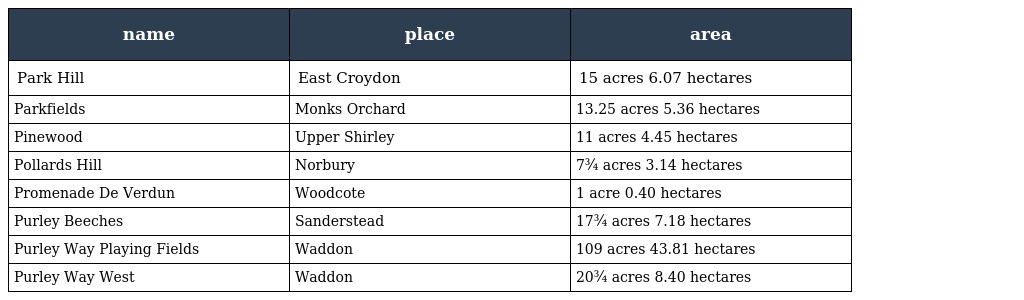
| name | place | area |
 | --- | --- | --- |
 | Park Hill | East Croydon | 15 acres 6.07 hectares |
 | Parkfields | Monks Orchard | 13.25 acres 5.36 hectares |
 | Pinewood | Upper Shirley | 11 acres 4.45 hectares |
 | Pollards Hill | Norbury | 7¾ acres 3.14 hectares |
 | Promenade De Verdun | Woodcote | 1 acre 0.40 hectares |
 | Purley Beeches | Sanderstead | 17¾ acres 7.18 hectares |
 | Purley Way Playing Fields | Waddon | 109 acres 43.81 hectares |
 | Purley Way West | Waddon | 20¾ acres 8.40 hectares |